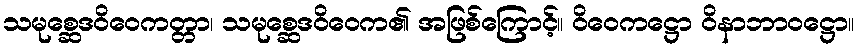
သမုစ္ဆေဒဝိဝေကတ္တာ၊ သမုစ္ဆေဒဝိဝေက၏ အဖြစ်ကြောင့်။ ဝိဝေကဋ္ဌော ဝိနာဘာဝဋ္ဌော။